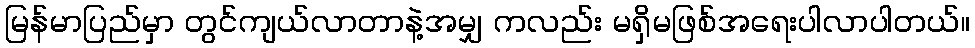
မြန်မာပြည်မှာ တွင်ကျယ်လာတာနဲ့အမျှ ကလည်း မရှိမဖြစ်အရေးပါလာပါတယ်။